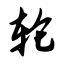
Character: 轮